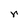
Character: r